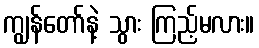
ကျွန်တော်နဲ့ သွား ကြည့်မလား။